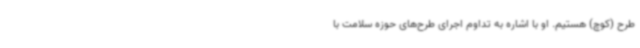
طرح (کوچ) هستیم. او با اشاره به تداوم اجرای طرح‌های حوزه سلامت با